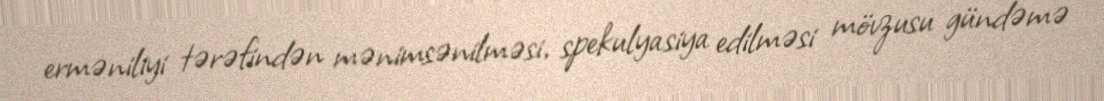
erməniliyi tərəfindən mənimsənilməsi, spekulyasiya edilməsi mövzusu gündəmə